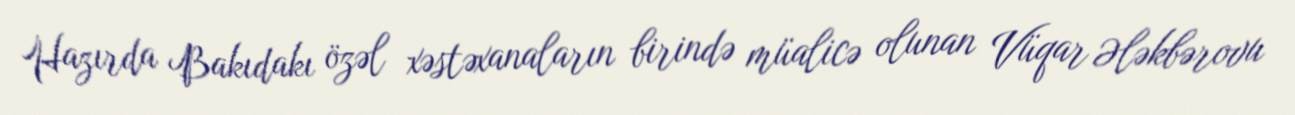
Hazırda Bakıdakı özəl xəstəxanaların birində müalicə olunan Vüqar Ələkbərovu